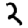
Digit: 2